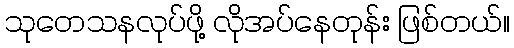
သုတေသနလုပ်ဖို့ လိုအပ်နေတုန်း ဖြစ်တယ်။